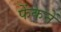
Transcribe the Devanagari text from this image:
फेंकनें